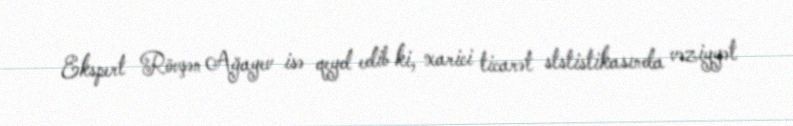
Ekspert Rövşən Ağayev isə qeyd edib ki, xarici ticarət ststistikasında vəziyyət